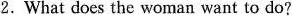
2.What does the woman want to do?